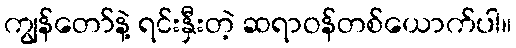
ကျွန်တော်နဲ့ ရင်းနှီးတဲ့ ဆရာဝန်တစ်ယောက်ပါ။